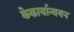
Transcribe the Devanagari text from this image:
केकार्यान्वयन